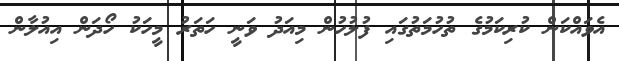
އެވައްކަން ކުރިކަމުގެ ތުހުމަތުގައި ފުލުހުން މިއަދު ވަނީ ހަތަރު މީހަކު ހޯދަން އިއުލާން